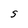
Character: S